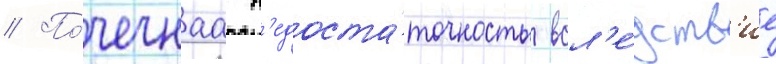
// По́чечнаа н'едоста́точность всл'е́дств'ие